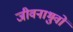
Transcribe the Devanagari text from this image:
जीवनाभुवों